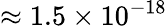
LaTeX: \approx 1.5\times 10^{-18}